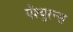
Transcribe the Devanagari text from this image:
ऍश्युरन्स